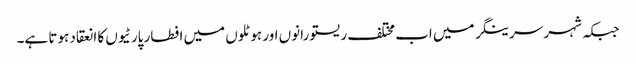
جبکہ شہر سرینگر میں اب مختلف ریستو رانوں اور ہوٹلوں میں افطار پارٹیوں کا انعقاد ہوتا ہے۔